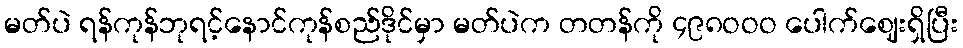
မတ်ပဲ ရန်ကုန်ဘုရင့်နောင်ကုန်စည်ဒိုင်မှာ မတ်ပဲက တတန်ကို ၄၉၈ဝဝဝ ပေါက်ဈေးရှိပြီး